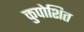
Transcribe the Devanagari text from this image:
कुपोशित